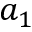
a _ { 1 }